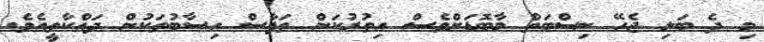
މި ދެ ބަލި ޖެހޭ ނިސްބަތް މާބޮޑަށްވެސް އިތުރުކަން ތަފާސް ހިސާބުތަކުން ދައްކާތީއެވެ.